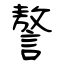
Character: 謷